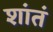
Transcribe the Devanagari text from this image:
शांतं